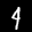
Label: 4